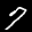
Label: 7